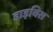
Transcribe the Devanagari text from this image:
डाइविस